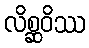
လိစ္ဆဝိဿ